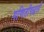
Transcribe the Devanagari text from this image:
गणितीपद्धती